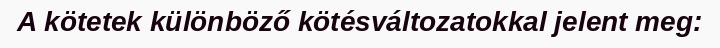
A kötetek különböző kötésváltozatokkal jelent meg: